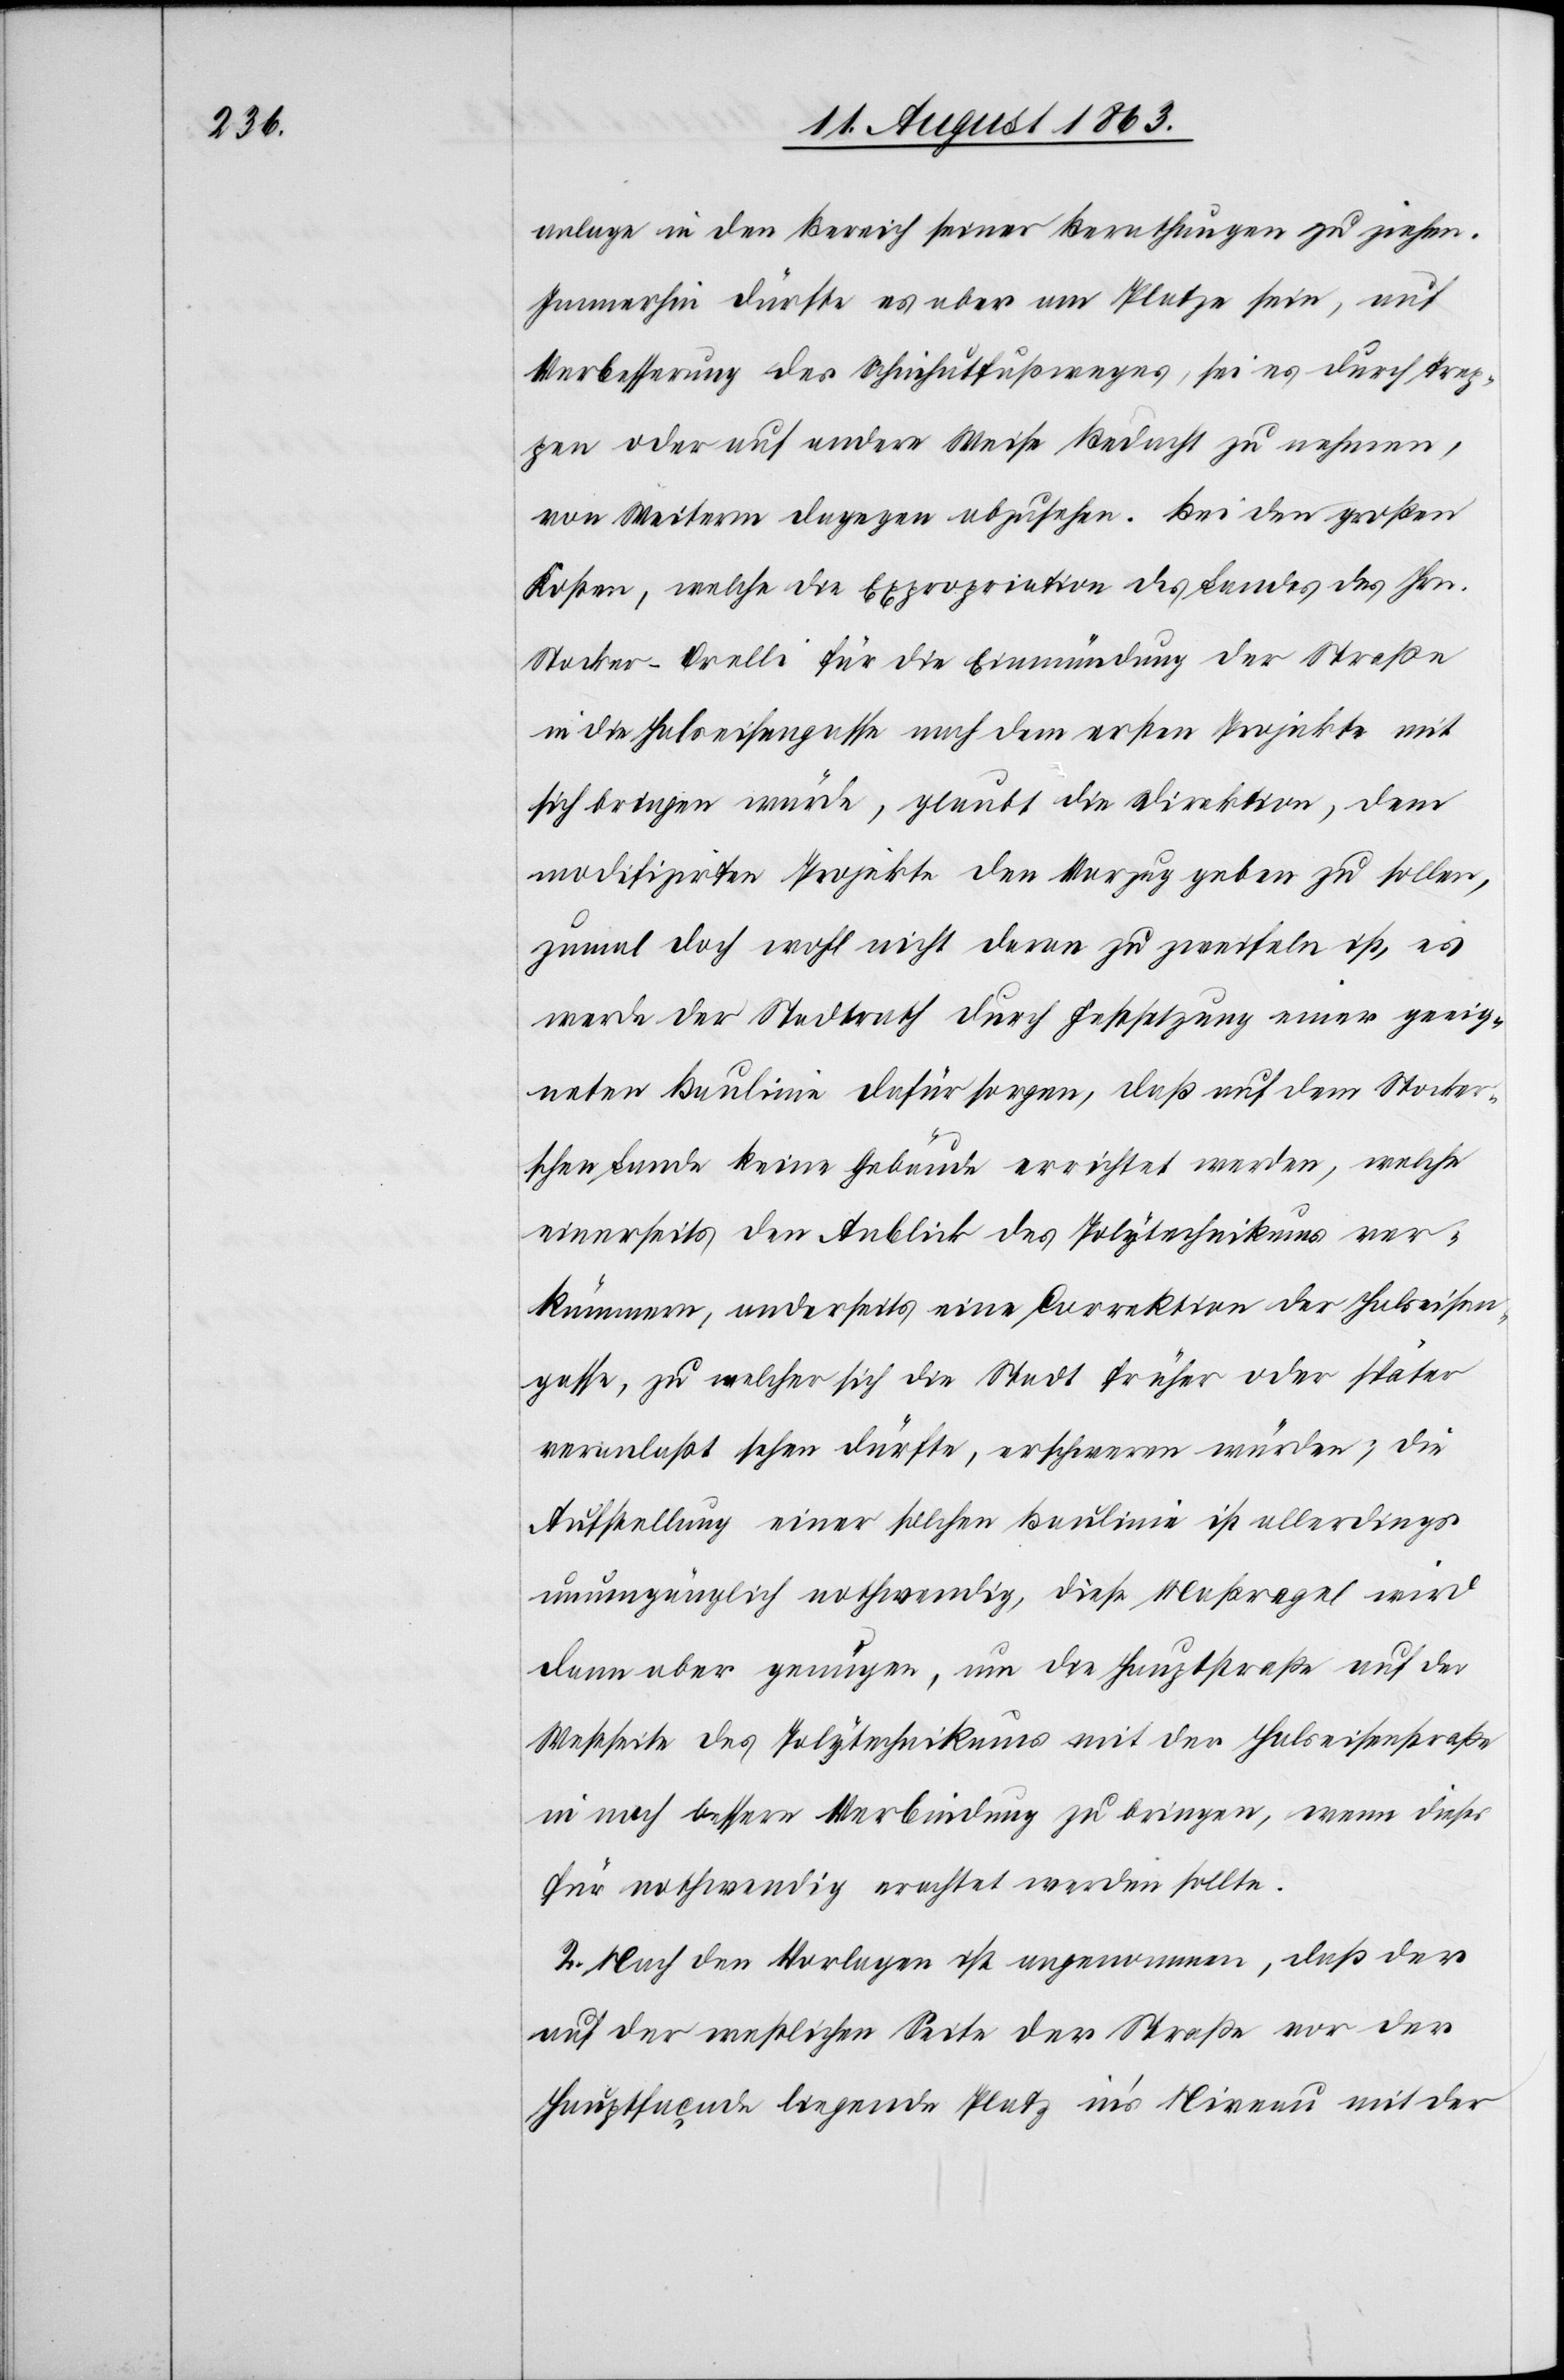
anlage in den Bereich seiner Berathungen zu ziehen.
Immerhin dürfte es aber am Platze sein, auf
Verbesserung des Schinhutfußweges, sei es durch Trep¬
pen oder auf andere Weise Bedacht zu nehmen,
von Weiterm dagegen abzusehen. Bei den großen
Kosten, welche die Expropriation des Landes des Hrn.
Stocker-Orelli für die Einmündung der Straße
in die Halseisengasse nach dem ersten Projekte mit
sich bringen würde, glaubt die Direktion, dem
modifizirten Projekte den Vorzug geben zu sollen,
zumal doch wohl nicht daran zu zweifeln ist, es
werde der Stadtrath durch Festsetzung einer geeig¬
neten Baulinie dafür sorgen, daß auf dem Stocker¬
schen Lande keine Gebäude errichtet werden, welche
einerseits den Anblick des Polytechnikums ver¬
kümmern, anderseits eine Correktion der Halseisen¬
gasse, zu welcher sich die Stadt früher oder später
veranlaßt sehen dürfte, erschweren würden; die
Aufstellung einer solchen Baulinie ist allerdings
unumgänglich nothwendig, diese Maßregel wird
dann aber genügen, um die Hauptstraße auf der
Westseite des Polytechnikums mit der Halseisenstraße
in noch bessere Verbindung zu bringen, wenn dieses
für nothwendig erachtet werden sollte.
2. Nach den Vorlagen ist angenommen, daß der
auf der westlichen Seite der Straße vor der
Hauptfaçade liegende Platz in's Niveau mit der